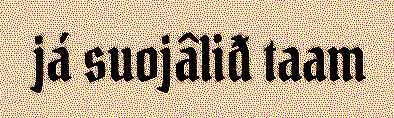
já suojâliđ taam